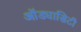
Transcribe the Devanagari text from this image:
ऑड्यासिटी